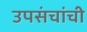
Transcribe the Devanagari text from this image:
उपसंचांची